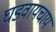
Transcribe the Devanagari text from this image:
घडवायचाय